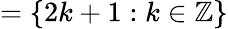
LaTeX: =\{ 2k+1:k\in\mathbb{Z}\}